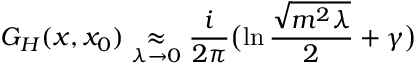
G _ { H } ( x , x _ { 0 } ) \mathrel { \mathop { \approx } _ { \lambda \rightarrow 0 } } { \frac { i } { 2 \pi } } \bigl ( \ln { \frac { \sqrt { m ^ { 2 } \lambda } } { 2 } } + \gamma \bigr )